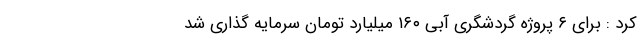
کرد : برای ۶ پروژه‌ گردشگری آبی ۱۶۰ میلیارد تومان سرمایه گذاری شد